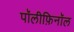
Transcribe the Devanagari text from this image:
पॉलीफ़िनॉल